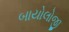
બાયોલોજી